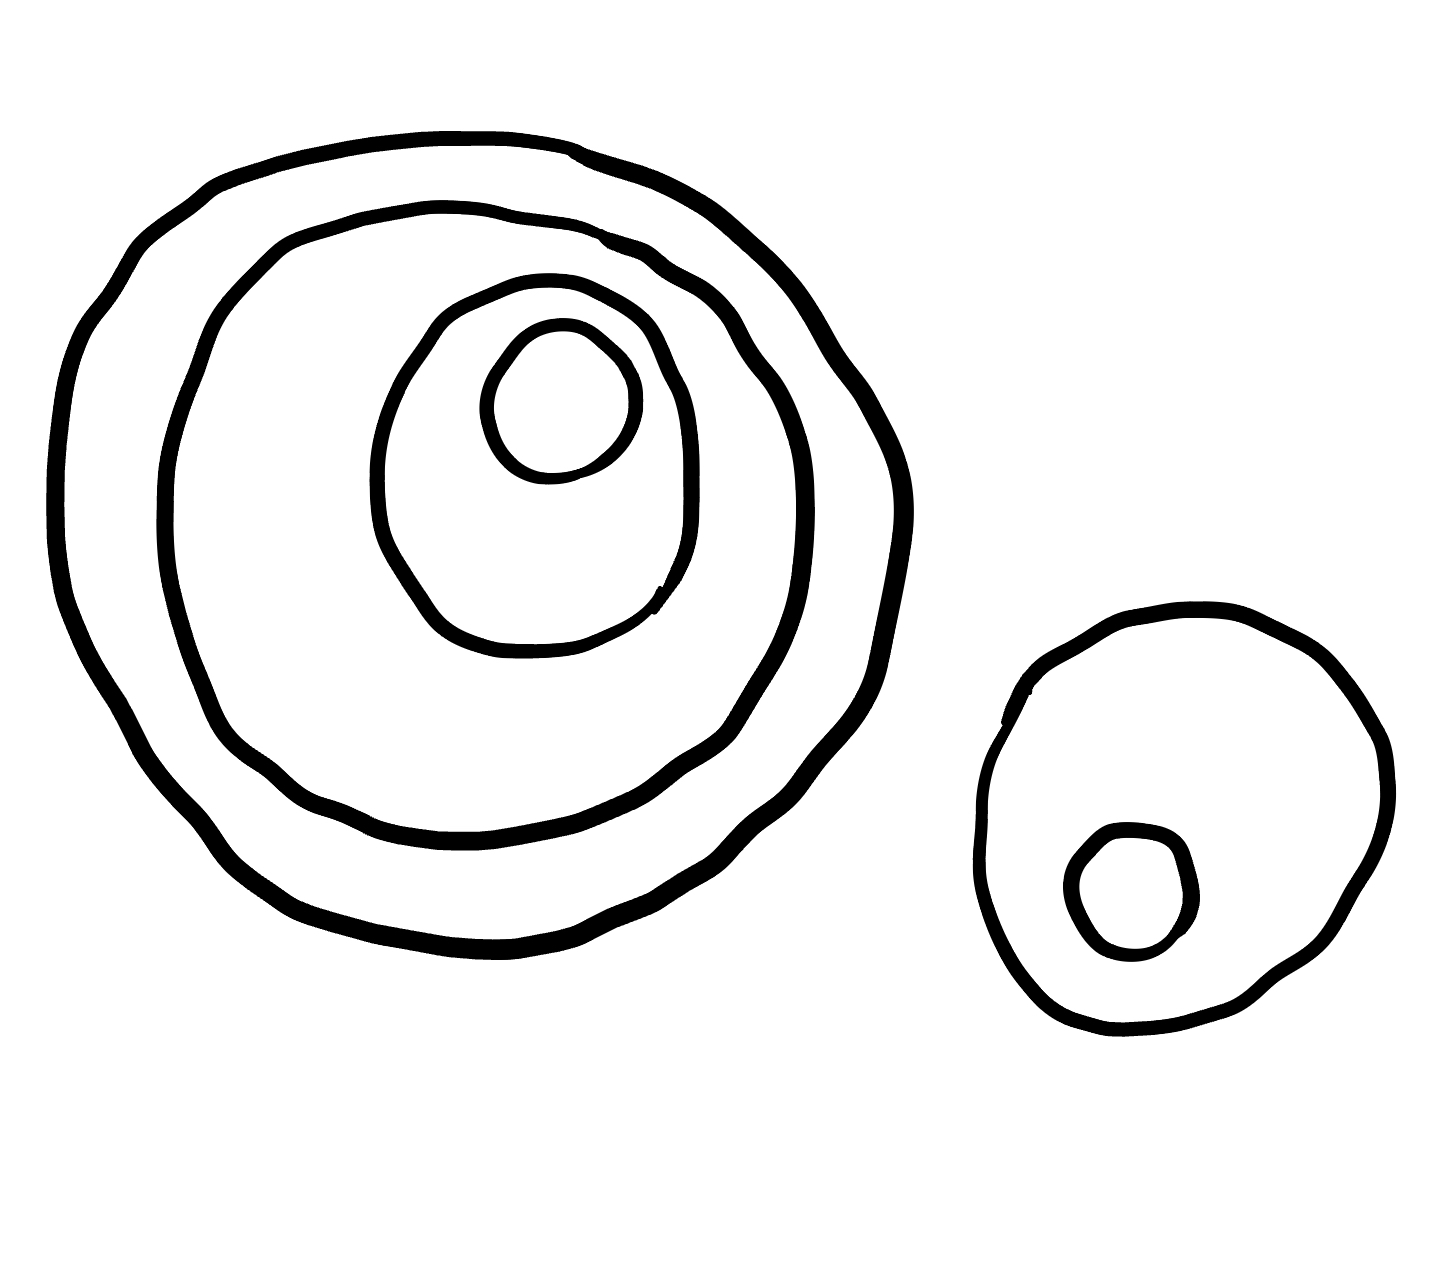
Number of regions (including the outer root region): 7
Containment tree edges (parent, child): 0, 1, 0, 3, 1, 2, 3, 4, 4, 5, 5, 6